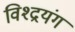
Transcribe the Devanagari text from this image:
विश्द्रयंग